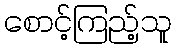
စောင့်ကြည့်သူ